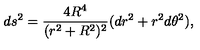
d s ^ { 2 } = { \frac { 4 R ^ { 4 } } { ( r ^ { 2 } + R ^ { 2 } ) ^ { 2 } } } ( d r ^ { 2 } + r ^ { 2 } d \theta ^ { 2 } ) ,